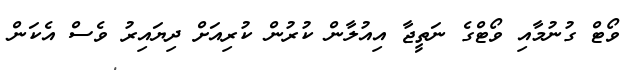
ވޯޓް ގުނުމާއި ވޯޓްގެ ނަތީޖާ އިއުލާން ކުރުން ކުރިއަށް ދިޔައިރު ވެސް އެކަން